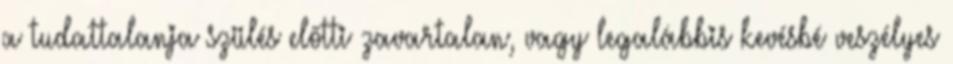
a tudattalanja szülés elõtti zavartalan, vagy legalábbis kevésbé veszélyes